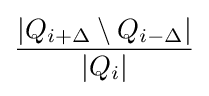
{\dfrac {|Q_{i+\Delta }\setminus Q_{i-\Delta }|}{|Q_{i}|}}